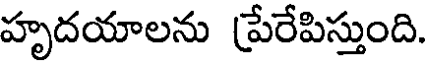
హృదయాలను ప్రేరేపిస్తుంది.